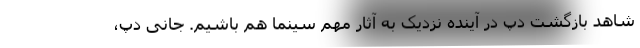
شاهد بازگشت دپ در آینده نزدیک به آثار مهم سینما هم باشیم. جانی دپ،